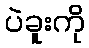
ပဲခူးကို